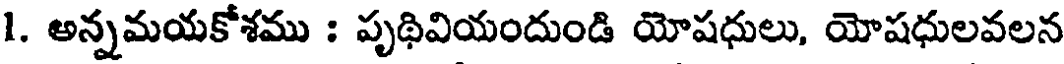
1. అన్నమయకోశము : పృథివియందుండి యోషధులు, యోషధులవలన